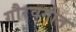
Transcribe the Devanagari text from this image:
गौरवगीत